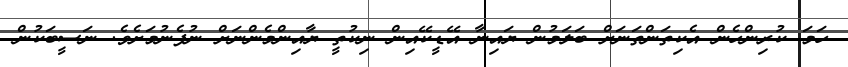
ހަމަ ކުރިންހެން އެކިތަންތަނަށް ބަލަމުން ޔައިނާ އޭޑީކޭއިން ނިކުތީ ޔާއިންމެންނަށް ނުފެނުމަށެވެ. ނަސީބަކުން